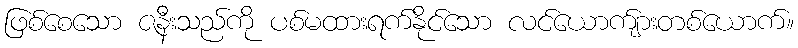
ဖြစ်စေသော ဇနီးသည်ကို ပစ်မထားရက်နိုင်သော လင်ယောက်ျားတစ်ယောက်။